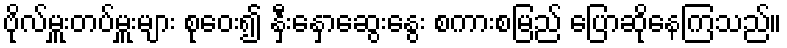
ဗိုလ်မှူးတပ်မှူးများ စုဝေး၍ နှီးနှောဆွေးနွေး စကားစမြည် ပြောဆိုနေကြသည်။